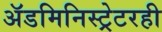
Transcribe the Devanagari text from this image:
अॅडमिनिस्ट्रेटरही